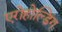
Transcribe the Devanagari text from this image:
एरोहोल्डिंग